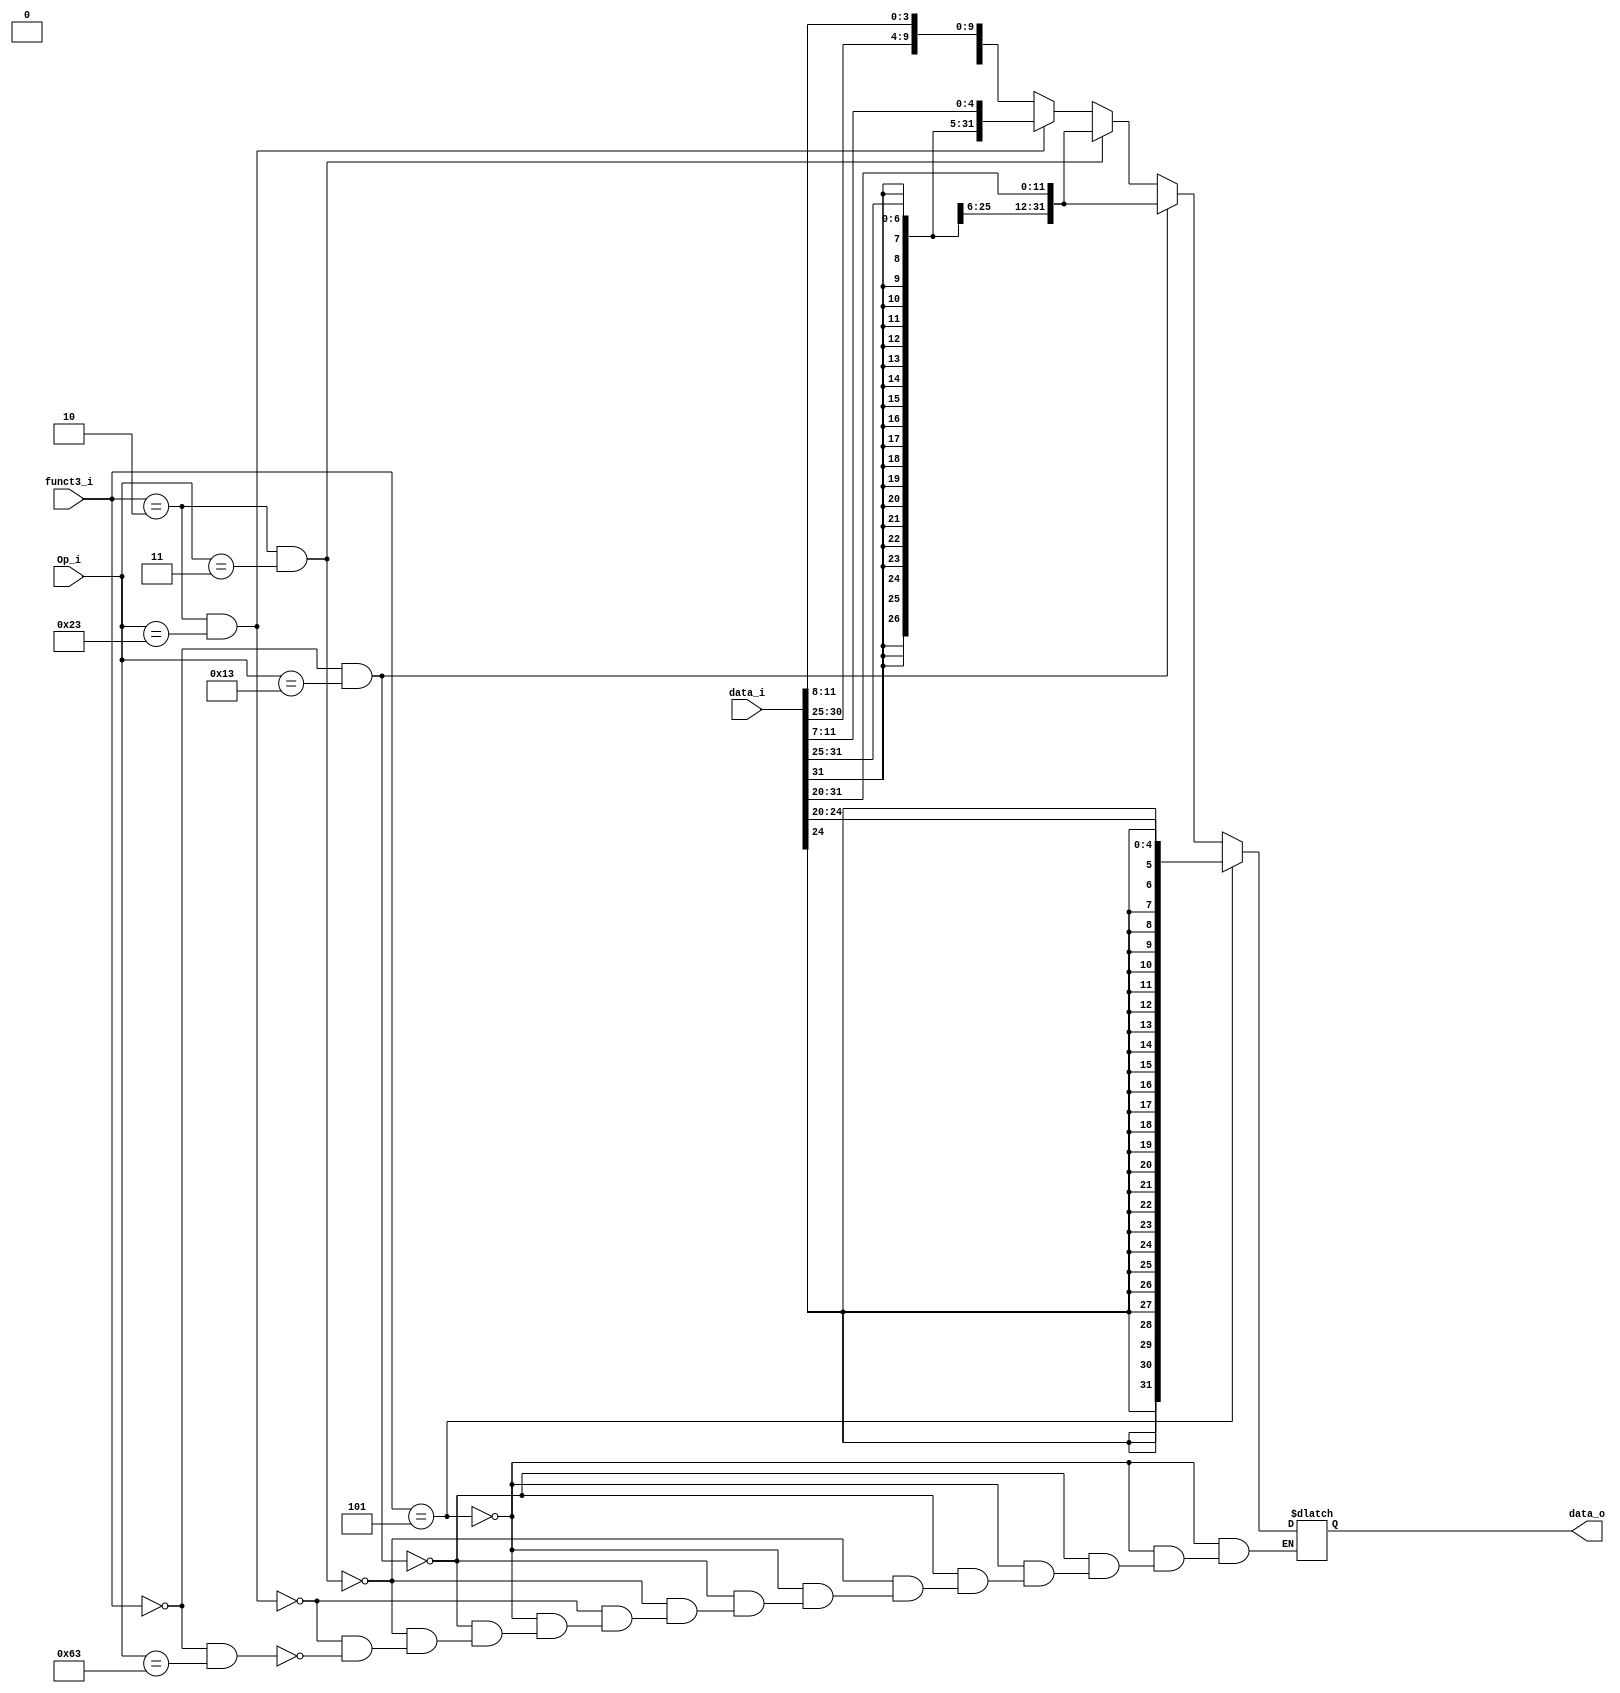
module Sign_Extend (
    data_i,
    funct3_i,
    Op_i,
    data_o
);

input  [31:0]  data_i;
input  [2:0]  funct3_i;
input  [6:0]  Op_i;
output  reg [31:0]  data_o;



//assign data_o = (funct3_i == 3'b101) ? { {27{data_i[4]}}, data_i[4:0] }: { {20{data_i[11]}}, data_i };
always @(*) begin
    if (funct3_i == 3'b101) begin
        data_o = { {27{data_i[24]}}, data_i[24:20]};      //srai
    end
    
    else if (funct3_i == 3'b000 && Op_i == 7'b0010011) begin
        data_o = { {20{data_i[31]}}, data_i[31:20]};     //addi
    end

    else if (funct3_i == 3'b010 && Op_i == 7'b0000011 ) begin
        data_o = { {20{data_i[31]}}, data_i[31:20]};     //lw
    end

    else if (funct3_i == 3'b010 && Op_i == 7'b0100011) begin
        data_o = { {20{data_i[31]}},data_i[31:25], data_i[11:7]};    //sw
    end

    else if (funct3_i == 3'b000 && Op_i == 7'b1100011) begin
        data_o = { {20{data_i[31]}}, data_i[7], data_i[30:25], data_i[11:8]};    //beq
    end
    
end  
 

endmodule